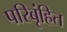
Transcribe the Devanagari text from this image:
परिबृंहित